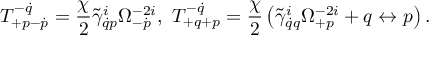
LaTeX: T _ { + p - \dot { p } } ^ { - \dot { q } } = \frac { \chi } { 2 } \tilde { \gamma } _ { \dot { q } p } ^ { i } \Omega _ { - \dot { p } } ^ { - 2 i } , \ T _ { + q + p } ^ { - \dot { q } } = \frac { \chi } { 2 } \left( \tilde { \gamma } _ { \dot { q } q } ^ { i } \Omega _ { + p } ^ { - 2 i } + q \leftrightarrow p \right) .